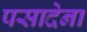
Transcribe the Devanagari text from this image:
पसादेना